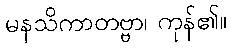
မနသိကာတဗ္ဗာ၊ ကုန်၏။